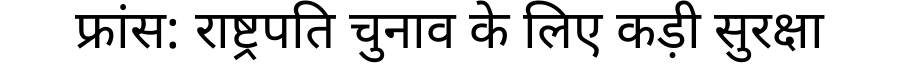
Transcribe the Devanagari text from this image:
फ्रांस: राष्ट्रपति चुनाव के लिए कड़ी सुरक्षा